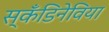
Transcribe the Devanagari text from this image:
स्कँडिनेविया